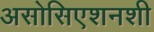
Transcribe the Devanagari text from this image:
असोसिएशनशी